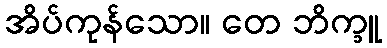
အိပ်ကုန်သော။ တေ ဘိက္ခူ